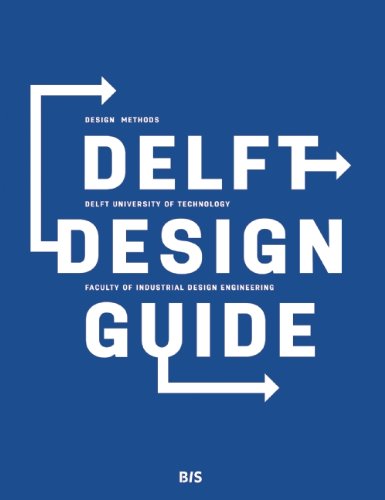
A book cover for Delft Design Guide: Design Strategies and Methods; Annemiek van Boeijen; Arts & Photography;